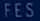
FES